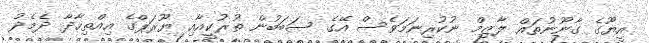
އީޔޫގެ ގާނޫނުތައް ލާޒިމް ނުކުރިނަމަވެސް އޭގެ ސަބަބުން ތުރުކީއާއި ޔޫރަޕްގެ އިއްތިހާދާ ދެމެދު